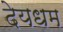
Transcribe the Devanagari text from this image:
देयधम